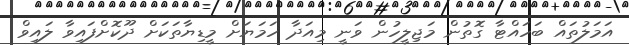
އަމަލުތައް ބަހައްޓާ ގޮތުން މަޖިލީހުން ވަނީ މިއަދާ ހަމަޔަށް މީޑިޔާތަކަށް ދޫކޮށްފައިވާ ލައިވް